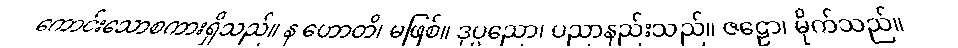
ကောင်းသောစကားရှိသည်။ န ဟောတိ၊ မဖြစ်။ ဒုပ္ပညော၊ ပညာနည်းသည်။ ဇဠော၊ မိုက်သည်။